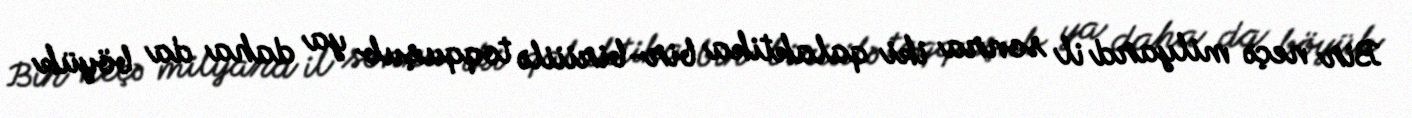
Bir neçə milyard il sonra iki qalaktika bir-biriiilə toqquşub ya daha da böyük